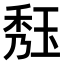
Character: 𤥹